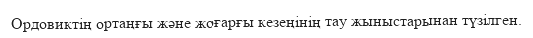
Ордовиктің ортаңғы және жоғарғы кезеңінің тау жыныстарынан түзілген.